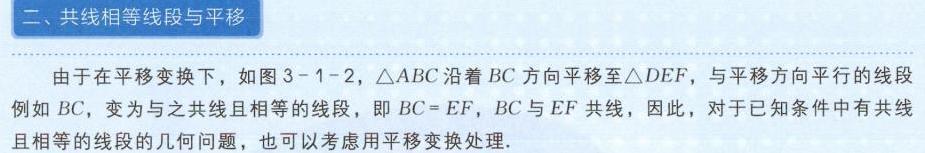
二、共线相等线段与平移
由于在平移变换下，如图3 - 1 - 2，\(\triangle ABC\)沿着\(BC\)方向平移至\(\triangle DEF\)，与平移方向平行的线段例如\(BC\)，变为与之共线且相等的线段，即\(BC = EF\)，\(BC\)与\(EF\)共线，因此，对于已知条件中有共线且相等的线段的几何问题，也可以考虑用平移变换处理.